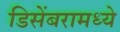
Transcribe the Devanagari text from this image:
डिसेंबरामध्ये